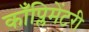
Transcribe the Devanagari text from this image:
काँप्लिमेंटरी